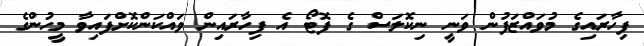
ފިހާރައިގެ މުވައްޒަފުން ވަނީ ނިކޮލަސް ގެ ފޮޓޯ އެ ފިހާރައިން ވައްކަންކޮށްފައިވާ މީހުންގެ